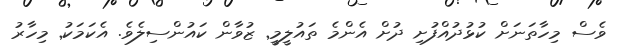
ވެސް މިހާތަނަށް ކުޅުދުއްފުށި ދުށް އެންމެ ތައުލީމީ